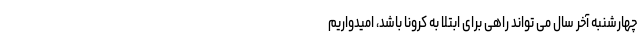
چهارشنبه آخر سال می تواند راهی برای ابتلا به کرونا باشد، امیدواریم